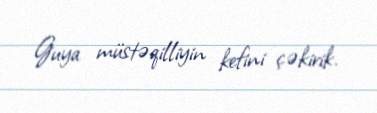
Guya müstəqilliyin kefini çəkirik.